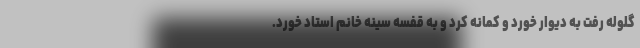
گلوله رفت به دیوار خورد و کمانه کرد و به قفسه سینه خانم استاد خورد.